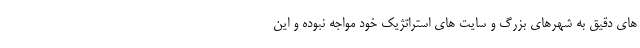
های دقیق به شهرهای بزرگ و سایت های استراتژیک خود مواجه نبوده و این